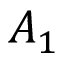
A _ { 1 }